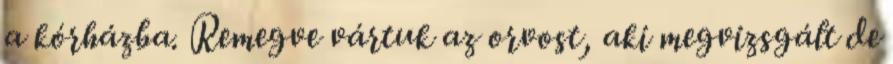
a kórházba. Remegve vártuk az orvost, aki megvizsgált de